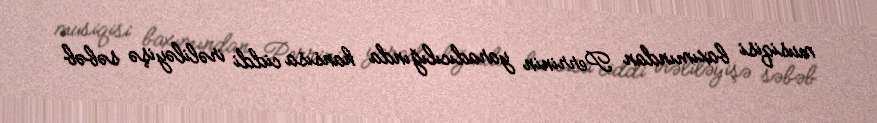
musiqisi baxımından Perrinin yaradıcılığında hansısa ciddi irəliləyişə səbəb